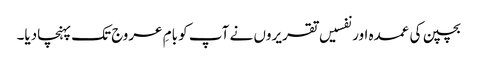
بچپن کی عمدہ اور نفسیں تقریروں نے آپ کو بامِ عروج تک پہنچادیا۔